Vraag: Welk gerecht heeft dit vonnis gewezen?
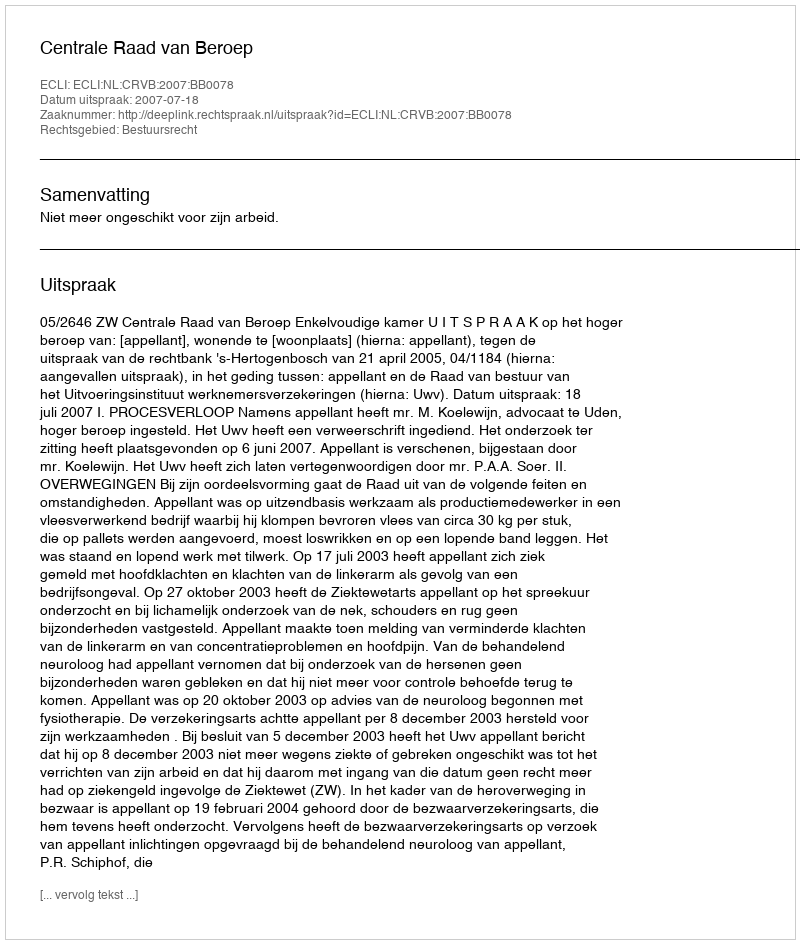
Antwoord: Centrale Raad van Beroep